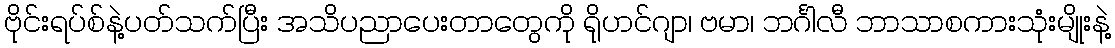
ဗိုင်းရပ်စ်နဲ့ပတ်သက်ပြီး အသိပညာပေးတာတွေကို ရိုဟင်ဂျာ၊ ဗမာ၊ ဘင်္ဂါလီ ဘာသာစကားသုံးမျိုးနဲ့